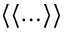
\langle \langle \ldots \rangle \rangle